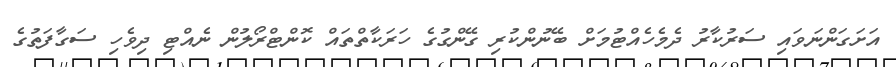
އަށަގަންނަވައި ސަރުކާރު ދެމެހެއްޓުމަށް ބޭނުންކުރި ގޭންގުގެ ހަރަކާތްތައް ކޮންޓްރޯލުން ނެއްޓި ދިވެހި ސަގާފަތުގެ